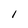
Character: l